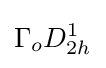
\Gamma _{o}D_{2h}^{1}